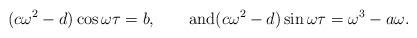
LaTeX: \begin{align*}(c\omega^2-d)\cos\omega\tau=b,\qquad\mbox{and}(c\omega^2-d)\sin\omega\tau=\omega^3-a\omega.\end{align*}